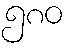
၅၈၀